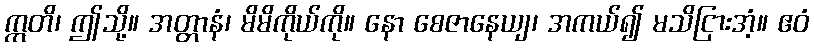
ဣတိ၊ ဤသို့။ အတ္တာနံ၊ မိမိကိုယ်ကို။ နော စေဇာနေယျ၊ အကယ်၍ မသိငြားအံ့။ ဧဝံ